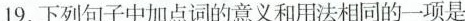
19.下列句子中加点词的意义和用法相同的一项是